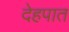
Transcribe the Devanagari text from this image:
देहपात